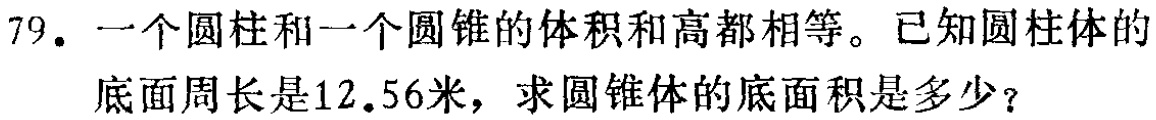
79. 一个圆柱和一个圆锥的体积和高都相等。已知圆柱体的底面周长是12.56米，求圆锥体的底面积是多少？